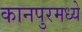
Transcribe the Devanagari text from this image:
कानपुरमध्ये